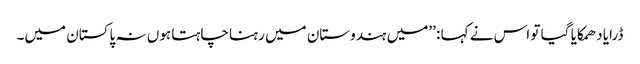
ڈرایا دھمکایا گیا تو اس نے کہا : ’’میں ہندوستان میں رہنا چاہتا ہوں نہ پاکستان میں۔